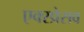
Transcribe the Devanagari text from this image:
एक्स्प्रेसव